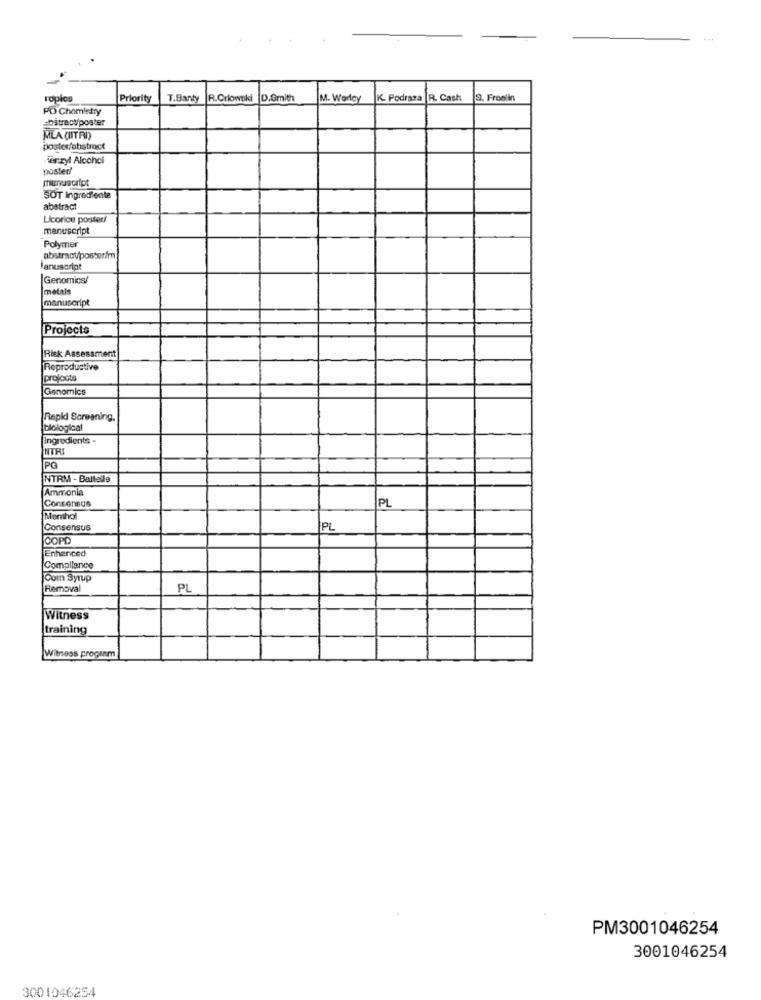
roplos
Priority
T.Banty
R.Crlowoki
D.Smith
M. Worley
K. Podraza R. Cash
9. Froolin
PO Chemistry
sbitractposter
MLA (ITRI)
poster/abstract
Hierzyl Alochol
posted
manuscript
SOT Ingrediente
abstract
Licorice posited
manuscript
Polymer
abstract/poster/m
Manuscript
Genomics/
metals
manuscript
Projects
Risk Assessment
Reproductive
profoots
Genomics
Rapid Screening,
blological
Ingredients .
INTRI
PG
NTRM - Ballade
Ammonia
Consensus
PL
Momhol
Consensus
PL
COPD
Enhanced
Compllance
Com Syrup
Removal
PL
Witness
training
Witness program
PM3001046254
3001046254
3001046254